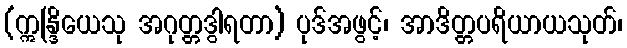
(ဣန္ဒြိယေသု အဂုတ္တဒွါရတာ) ပုဒ်အဖွင့်၊ အာဒိတ္တပရိယာယသုတ်၊